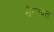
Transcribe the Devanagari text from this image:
सैन्यदत्त